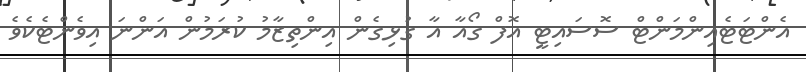
އެންޓަޓެއިންމަންޓް ސޮސައިޓީ އޮފް ގޯއާ އާ ގުޅިގެން އިންތިޒާމު ކުރަމުން އަންނަ އިވެންޓެކެވެ